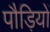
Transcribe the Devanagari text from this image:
पौड़ियों